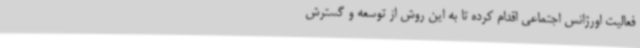
فعالیت اورژانس اجتماعی اقدام کرده تا به این روش از توسعه و گسترش